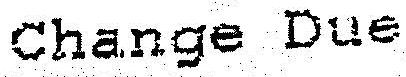
CHANGE DUE